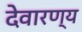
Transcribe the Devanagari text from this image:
देवारण्य